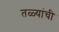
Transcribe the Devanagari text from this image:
तळ्यांची